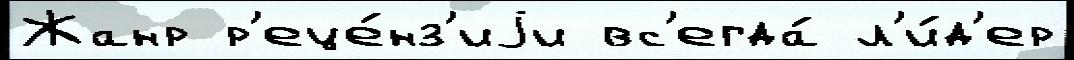
Жанр р'еце́нз'иjи вс'егда́ л'и́д'ер